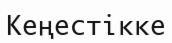
Кеңестікке